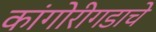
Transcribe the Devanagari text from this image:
कांगोरीगडाचे